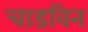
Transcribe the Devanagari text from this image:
चाडविन